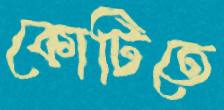
কোটিতে